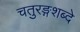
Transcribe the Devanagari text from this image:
चतुरङ्गशब्दे